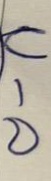
บ - ล